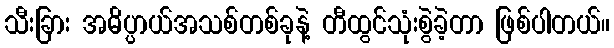
သီးခြား အဓိပ္ပာယ်အသစ်တစ်ခုနဲ့ တီထွင်သုံးစွဲခဲ့တာ ဖြစ်ပါတယ်။